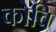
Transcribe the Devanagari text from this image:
कोवि